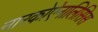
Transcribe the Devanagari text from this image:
नारकोऐनालिसिस